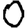
Digit: 0